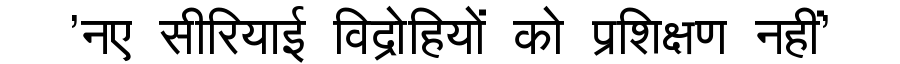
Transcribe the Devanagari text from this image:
'नए सीरियाई विद्रोहियों को प्रशिक्षण नहीं'